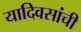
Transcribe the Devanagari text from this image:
यादिवसांची